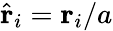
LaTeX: \hat{\mathbf{r}}_{i}=\mathbf{r}_{i}/a